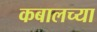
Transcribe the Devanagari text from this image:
कबालच्या